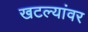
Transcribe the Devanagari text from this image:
खटल्यांवर